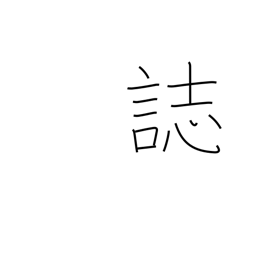
Meaning: records